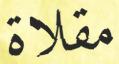
مقلاة